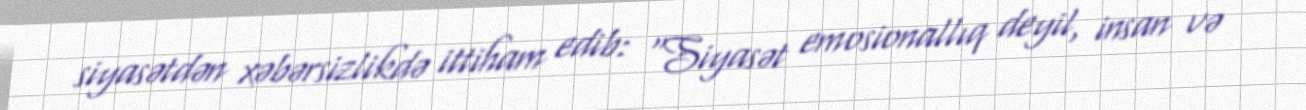
siyasətdən xəbərsizlikdə ittiham edib: “Siyasət emosionallıq deyil, insan və